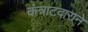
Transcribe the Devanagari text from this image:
कंत्राटदाराने